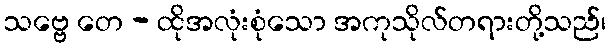
သဗ္ဗေ တေ - ထိုအလုံးစုံသော အကုသိုလ်တရားတို့သည်၊